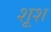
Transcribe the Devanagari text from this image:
शूश